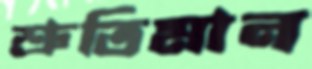
শ্রুতিমান